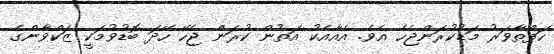
ހަފްތާވަރު މަޑުކުރަންޖެހެ އެވެ. އެއާއެކު އަތުން ކުރަން ޖެހޭ ހޭދަ ބޮޑުވުމަކީ ޒަކްވާންގެ